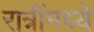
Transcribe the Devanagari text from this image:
रात्रींमध्ये